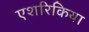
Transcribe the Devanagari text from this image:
एशरिकिया